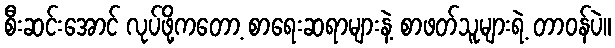
စီးဆင်းအောင် လုပ်ဖို့ကတော့ စာရေးဆရာများနဲ့ စာဖတ်သူများရဲ့ တာဝန်ပဲ။